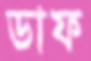
ডাফ